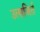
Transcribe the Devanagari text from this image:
उत्सजिर्त